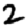
Digit: 2